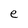
Character: e